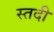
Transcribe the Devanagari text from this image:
स्तदी